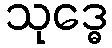
သုဒ္ဓေ